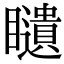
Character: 𥌰